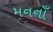
મનનાઁ